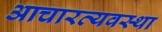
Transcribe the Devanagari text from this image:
आचारव्यवस्था